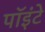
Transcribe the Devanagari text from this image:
पॉइंटे